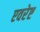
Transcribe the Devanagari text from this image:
एवरेष्ट